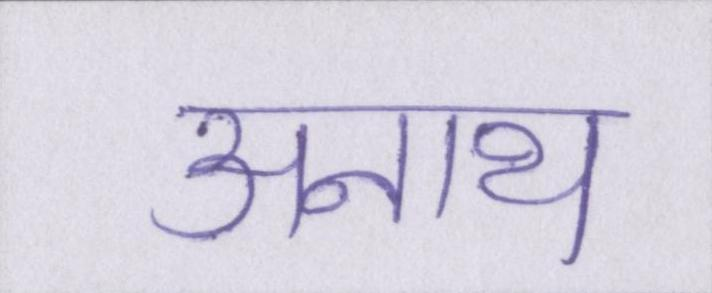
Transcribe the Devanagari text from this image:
अनाथ